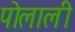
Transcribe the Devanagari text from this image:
पोलाली